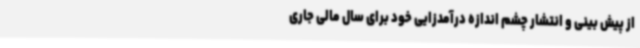
از پیش بینی و انتشار چشم اندازه درآمدزایی خود برای سال مالی جاری